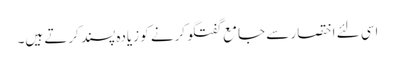
اسی لئے اختصار سے جامع گفتگو کرنے کو زیادہ پسند کرتے ہیں۔